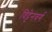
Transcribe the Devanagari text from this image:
विट्टेनवर्ग